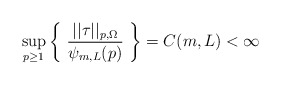
\begin{align*} \sup_{p \ge 1} \left\{ \ \frac{||\tau||_{p,\Omega}}{\psi_{m,L}(p)} \ \right\} = C(m,L) < \infty\end{align*}